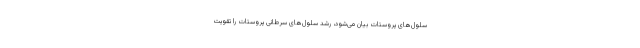
سلول‌های پروستات بیان می‌شود، رشد سلول‌های سرطانی پروستات را تقویت